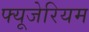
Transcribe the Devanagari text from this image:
फ्यूजेरियम